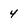
Character: 4